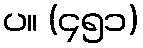
ပ။ (၄၅၁)